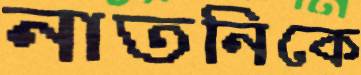
নাতনিকে